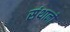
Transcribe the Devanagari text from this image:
संथानों